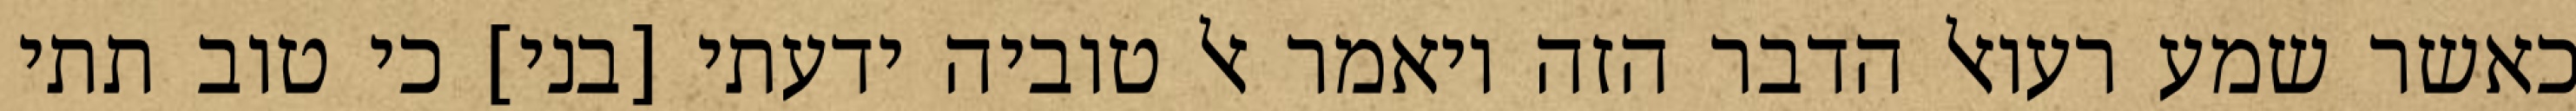
כאשר שמע רעואל הדבר הזה ויאמר אל טוביה ידעתי [בני] כי טוב תתי